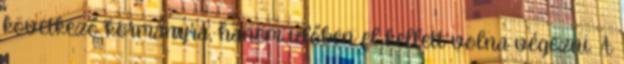
következő kormányra, hanem időben el kellett volna végezni. A